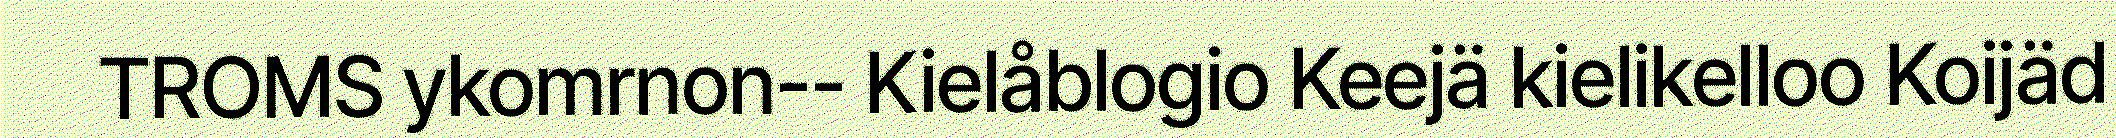
TROMS ykomrnon-- Kielåblogio Keejä kielikelloo Koijäd